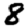
Digit: 8